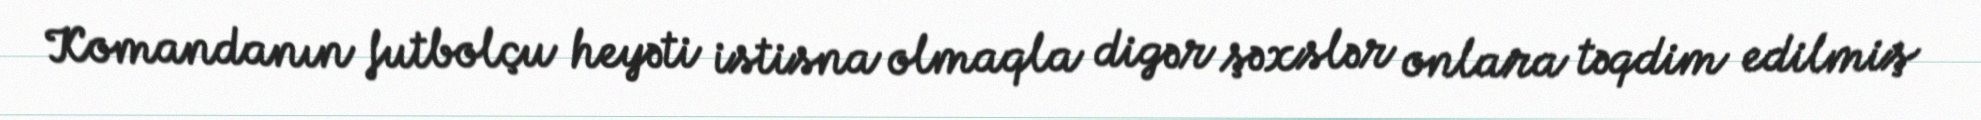
Komandanın futbolçu heyəti istisna olmaqla digər şəxslər onlara təqdim edilmiş